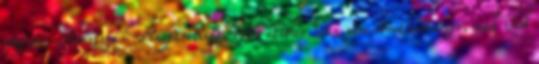
végórái: Ausztria-Magyarország, 1918 október Ez nem rémálomburger, csak zöld